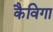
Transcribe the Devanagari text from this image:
कैविगा